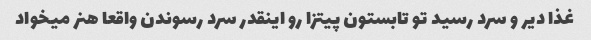
غذا دیر و سرد رسید تو تابستون پیتزا رو اینقدر سرد رسوندن واقعا هنر میخواد